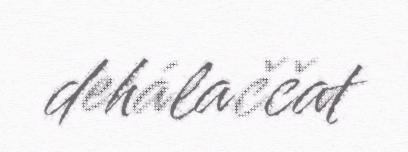
dehálaččat